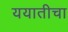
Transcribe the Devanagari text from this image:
ययातीचा